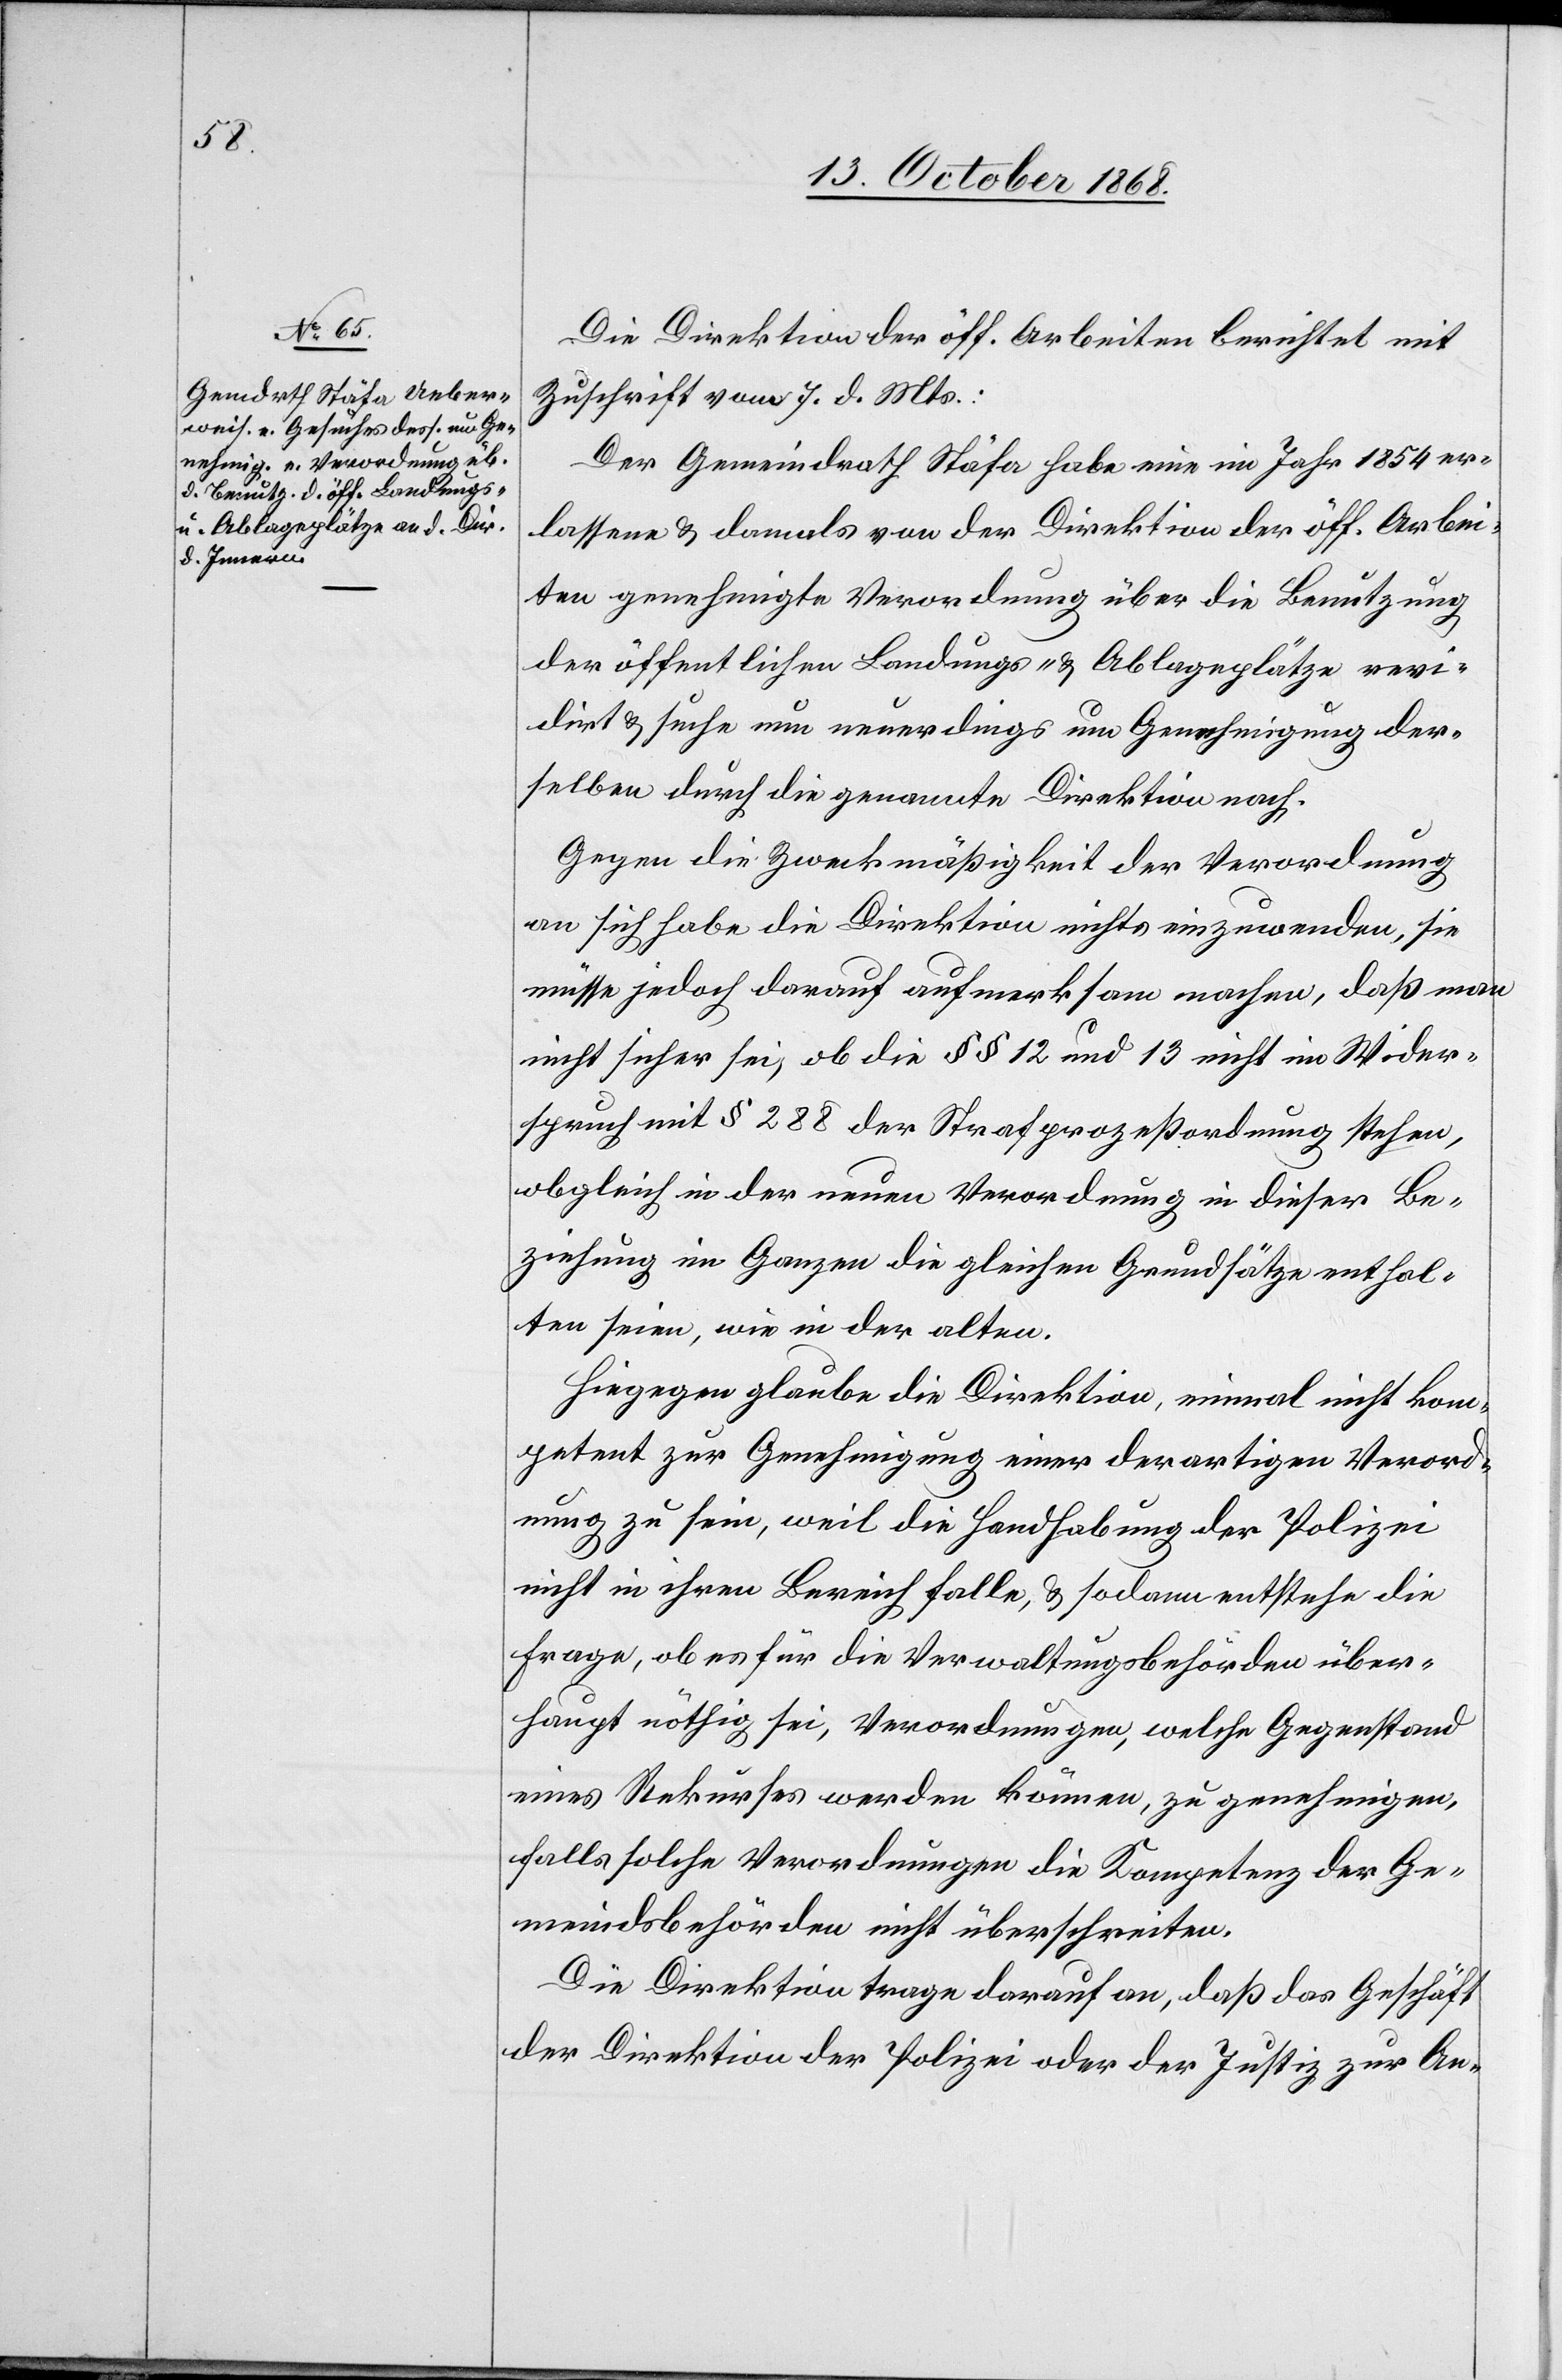
Die Direktion der öff. Arbeiten berichtet mit
Zuschrift vom 7. d. Mts.:
Der Gemeindrath Stäfa habe eine im Jahr 1854 er¬
lassene & damals von der Direktion der öff. Arbei¬
ten genehmigte Verordnung über die Benutzung
der öffentlichen Landungs- & Ablageplätze revi¬
dirt & suche nun neuerdings um Genehmigung der¬
selben durch die genannte Direktion nach.
Gegen die Zweckmäßigkeit der Verordnung
an sich habe die Direktion nichts einzuwenden, sie
müsse jedoch darauf aufmerksam machen, daß man
nicht sicher sei, ob die §§ 12 und 13 nicht im Wider¬
spruch mit § 288 der Strafprozeßordnung stehen,
obgleich in der neuen Verordnung in dieser Be¬
ziehung im Ganzen die gleichen Grundsätze enthal¬
ten seien, wie in der alten.
Hiegegen glaube die Direktion, einmal nicht kom¬
petent zur Genehmigung einer derartigen Verord¬
nung zu sein, weil die Handhabung der Polizei
nicht in ihren Bereich falle, & sodann entstehe die
Frage, ob es für die Verwaltungsbehörden über¬
haupt nöthig sei, Verordnungen, welche Gegenstand
eines Rekurses werden können, zu genehmigen,
falls solche Verordnungen die Kompetenz der Ge¬
meindsbehörden nicht überschreiten.
Die Direktion trage darauf an, daß das Geschäft
der Direktion der Polizei oder der Justiz zur An-